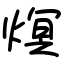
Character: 熐